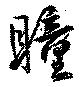
瞳